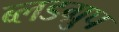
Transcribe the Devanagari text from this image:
ब्लडग्रुप